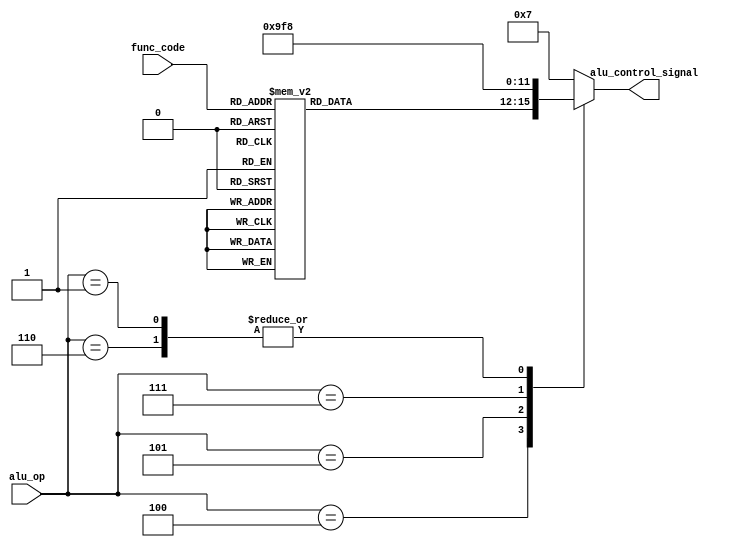
`timescale 1ns / 1ps

module alu_control(
    input [2:0] alu_op,
    input [3:0] func_code,
    output reg [3:0] alu_control_signal
    );

    /*
        Assign the values based on the following table:
                ALUop (from control unit) - Function Code - Control Signal
        add     100                       - 0000          - 1000
        comp    100                       - 0001          - 1001
        AND     100                       - 0010          - 1010
        XOR     100                       - 0011          - 1011
        SLL     100                       - 0100          - 0100
        SRL     100                       - 0101          - 0101
        SLLv    100                       - 0110          - 1100
        SRLv    100                       - 0111          - 1101
        SRA     100                       - 1000          - 0110
        SRAv    100                       - 1001          - 1110
        addi    110                       - NA            - 1000
        compi   101                       - NA            - 1001
        Diff     111                       - x             - 1111
        lw      001                       - NA            - 1000
        sw      001                       - NA            - 1000
        any other control signal will give values of flag 1 and flag 0 (i.e. zero and negative) and flag 2 and out will be zero 
    */

    always @(*) begin
        case(alu_op)
            3'b100:
                begin
                    case(func_code)
                        4'b0000: alu_control_signal <= 4'b1000; // add
                        4'b0001: alu_control_signal <= 4'b1001; // comp
                        4'b0010: alu_control_signal <= 4'b1010; // AND
                        4'b0011: alu_control_signal <= 4'b1011; // XOR
                        4'b0100: alu_control_signal <= 4'b0100; //SLL
                        4'b0101: alu_control_signal <= 4'b0101; //SRL
                        4'b0110: alu_control_signal <= 4'b1100; //SLLv
                        4'b0111: alu_control_signal <= 4'b1101; //SRLv
                        4'b1000: alu_control_signal <= 4'b0110; //SRA
                        4'b1001: alu_control_signal <= 4'b1110; //SRAv
                        default: alu_control_signal <= 4'b0111; 
                    endcase
                end
            3'b110: alu_control_signal <= 4'b1000; // addi
            3'b101: alu_control_signal <= 4'b1001; // compi
            3'b111: alu_control_signal <= 4'b1111; //Diff
            3'b001: alu_control_signal <= 4'b1000; //lw,sw
            default: alu_control_signal <= 4'b0111;
        endcase
    end

endmodule